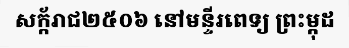
សក្ក័រាជ២៥០៦ នៅមន្ទីរពេទ្យ ព្រះម្កុដ